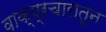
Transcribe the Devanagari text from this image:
वाक्प्रचारातून